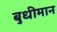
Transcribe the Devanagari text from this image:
बुधीमान